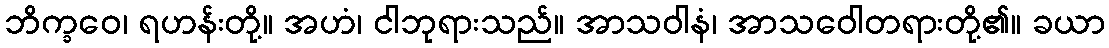
ဘိက္ခဝေ၊ ရဟန်းတို့။ အဟံ၊ ငါဘုရားသည်။ အာသဝါနံ၊ အာသဝေါတရားတို့၏။ ခယာ